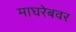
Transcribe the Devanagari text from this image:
माघरेबवर